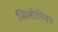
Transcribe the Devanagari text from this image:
सिलोनियम